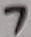
Text: 7